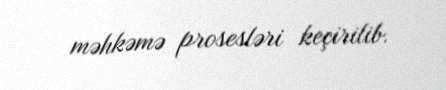
məhkəmə prosesləri keçirilib.